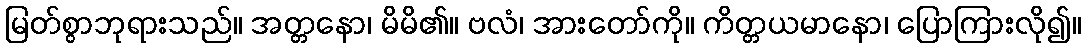
မြတ်စွာဘုရားသည်။ အတ္တနော၊ မိမိ၏။ ဗလံ၊ အားတော်ကို။ ကိတ္တယမာနော၊ ပြောကြားလို၍။